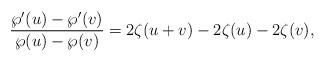
LaTeX: \begin{align*}\frac{\wp'(u) - \wp'(v)}{\wp(u) - \wp(v)} = 2\zeta(u+v) - 2 \zeta(u) - 2\zeta(v),\end{align*}